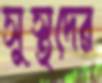
সুস্থদের